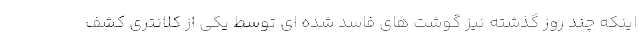
اینکه چند روز گذشته نیز گوشت های فاسد شده ای توسط یکی از کلانتری کشف